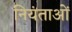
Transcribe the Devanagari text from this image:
नियंताओं